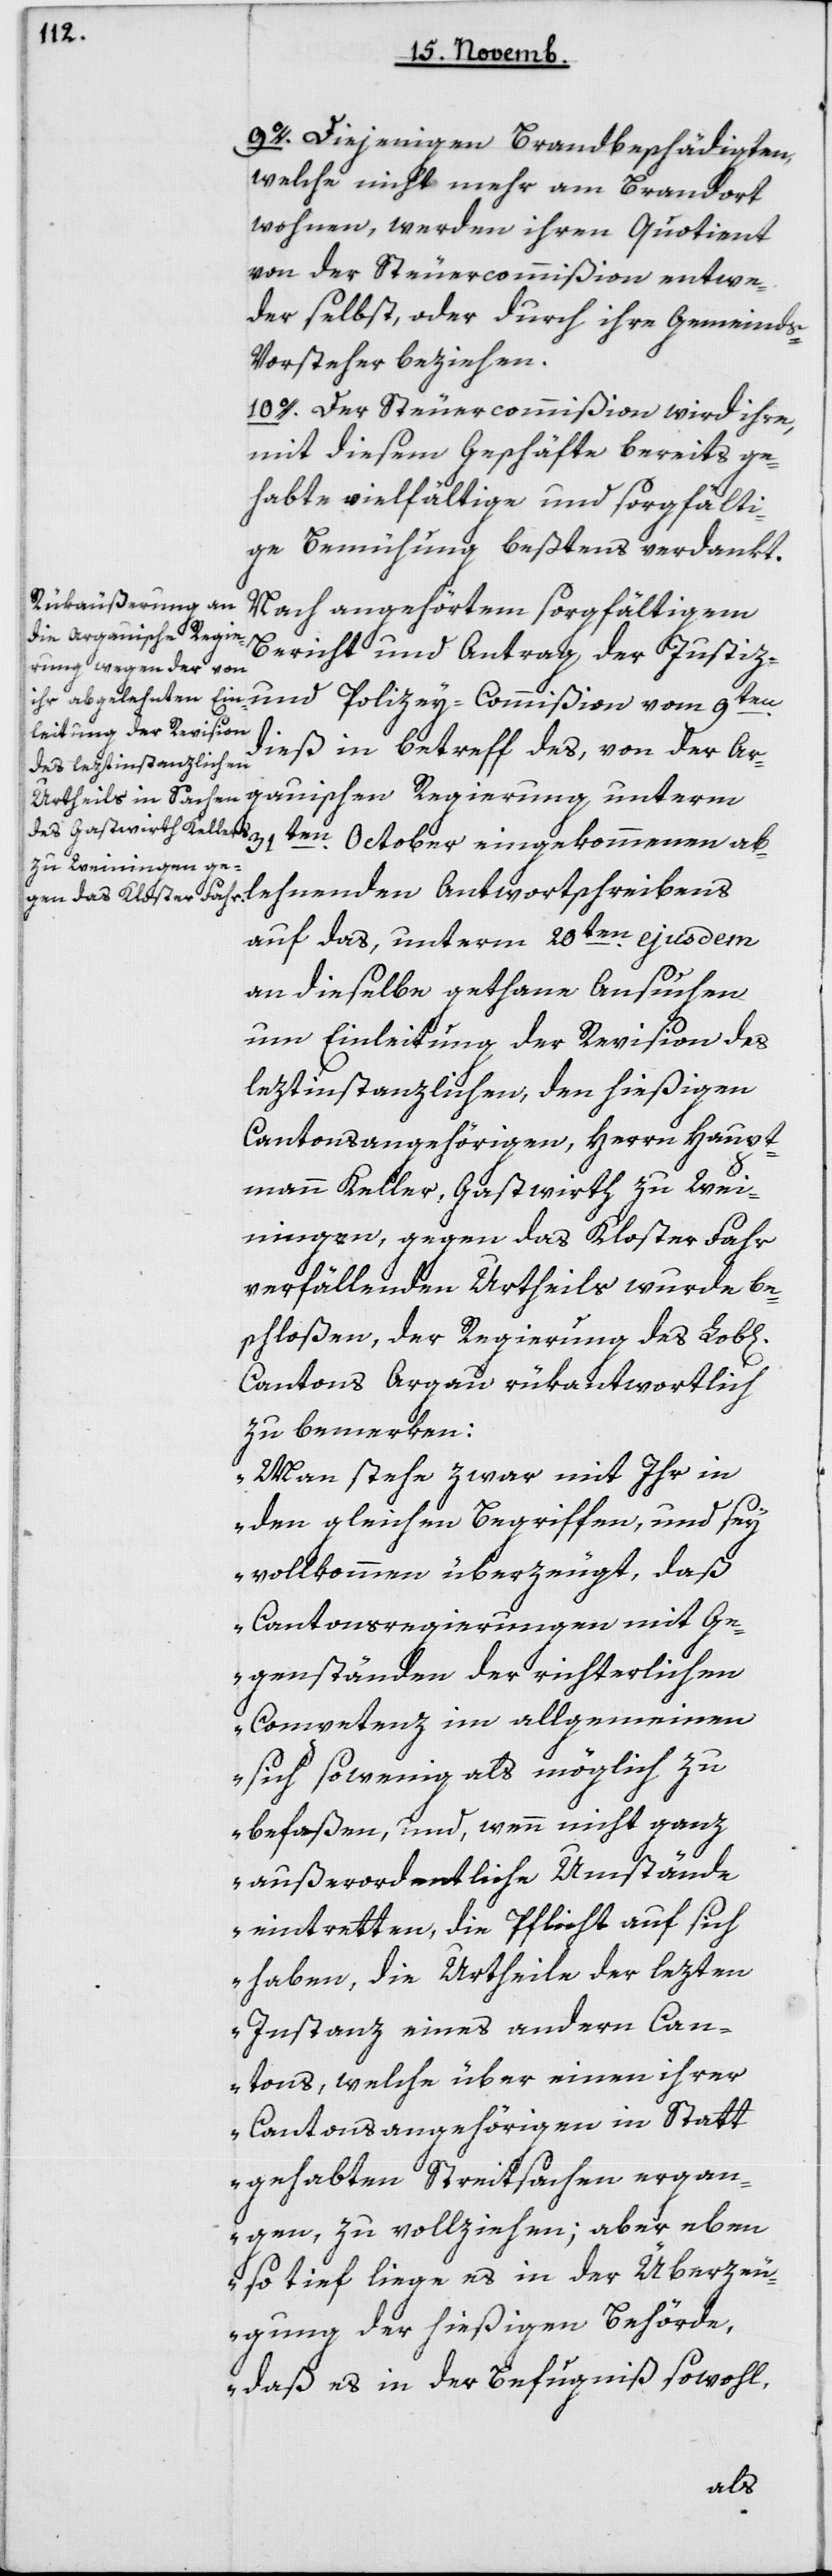
chen]

9o. Diejenigen Brandbeschädigten,
welche nicht mehr am Brandort
wohnen, werden ihren Quotient
von der Steuercommißion entwe¬
der selbst, oder durch ihre Gemeind¬
s-Vorsteher beziehen.
10o. Der Steuercommißion wird ihre,
mit diesem Geschäfte bereits ge¬
habte vielfältige und sorgfälti¬
ge Bemühung beßtens verdankt.
Nach angehörtem sorgfältigem
Bericht und Antrag der Justiz-
dieß in Betreff des, von der ar¬
gauischen Regierung unterm
31ten October eingekommenen ab¬
lehnenden Antwortschreibens
auf das, unterm 20ten ejusdem
an dieselbe gethane Ansuchen
um Einleitung der Revision des
leztinstanzlichen, den hießigen
Kantonsangehörigen, Herrn Haupt¬
mann Keller, Gastwirth zu Wei¬
ningen, gegen das Kloster Fahr
verfällenden Urtheils wurde be¬
schloßen, der Regierung des Lobl[i¬
Cantons Argau rükantwortlich
zu bemerken:
„Man stehe zwar mit ihr in
den gleichen Begriffen und sey
vollkommen überzeugt, daß
Cantonsregierungen nicht Ge¬
genständen der richterlichen
Competenz im Allgemeinen
sich so wenig als möglich zu
befaßen, und wenn nicht ganz
außerordentliche Umstände
eintretten, die Pflicht auf sich
haben, die Urtheile der lezten
Instanz eines andern Can¬
tons, welche über einen ihrer
Cantonsangehörigen in statt¬
gehabten Streitsachen ergan¬
gen, zu vollziehen, aber eben
so tief liege es in der Überzeu¬
gung der hießigen Behörde,
daß es in der Befugniß sowohl,